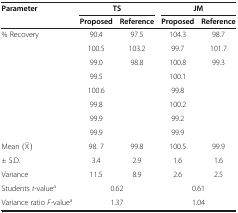
<table><thead><tr><td><b>Parameter</b></td><td colspan="2"><b>TS</b></td><td colspan="2"><b>JM</b></td></tr><tr><td><b> </b></td><td><b>Proposed</b></td><td><b>Reference</b></td><td><b>Proposed</b></td><td><b>Reference</b></td></tr></thead><tbody><tr><td>% Recovery</td><td>90.4</td><td>97.5</td><td>104.3</td><td>98.7</td></tr><tr><td> </td><td>100.5</td><td>103.2</td><td>99.7</td><td>101.7</td></tr><tr><td> </td><td>99.0</td><td>98.8</td><td>100.8</td><td>99.3</td></tr><tr><td> </td><td>99.5</td><td> </td><td>100.1</td><td> </td></tr><tr><td> </td><td>100.6</td><td> </td><td>99.8</td><td> </td></tr><tr><td> </td><td>99.8</td><td> </td><td>100.2</td><td> </td></tr><tr><td> </td><td>99.9</td><td> </td><td>99.2</td><td> </td></tr><tr><td> </td><td>99.9</td><td> </td><td>99.9</td><td> </td></tr><tr><td>Mean </td><td>98. 7</td><td>99.8</td><td>100.5</td><td>99.9</td></tr><tr><td>± S.D.</td><td>3.4</td><td>2.9</td><td>1.6</td><td>1.6</td></tr><tr><td>Variance</td><td>11.5</td><td>8.9</td><td>2.6</td><td>2.5</td></tr><tr><td>Students <i>t-</i>value<sup>a</sup></td><td colspan="2">0.62</td><td colspan="2">0.61</td></tr><tr><td>Variance ratio <i>F-</i>value<sup>a</sup></td><td colspan="2">1.37</td><td colspan="2">1.04</td></tr></tbody></table>